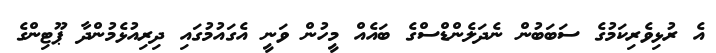
އެ ރުޅިވެރިކަމުގެ ސަބަބުން ނެދަލެންޑްސްގެ ބައެއް މީހުން ވަނީ އެގައުމުގައި ދިރިއުޅެމުންދާ ޕޫޓިންގެ